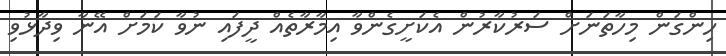
ހިންގަން މިހާތަނަށް ސަރުކާރުން އެކަށީގެންވާ އިމާރާތެއް ދީފައި ނުވާ ކަމަށް އޭނާ ވިދާޅުވި